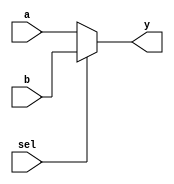
`timescale 1ns / 1ps
//////////////////////////////////////////////////////////////////////////////////
// Company: 
// Engineer: 
// 
// Design Name: 
// Module Name: mux2
// Project Name: 
// Target Devices: 
// Tool Versions: 
// Description: 
// 
// Dependencies: 
// 
// Revision:
// Revision 0.01 - File Created
// Additional Comments:
// 
//////////////////////////////////////////////////////////////////////////////////


module mux2 #(parameter mux_width= 32)
(   input [mux_width-1:0] a,b,
    input sel,
    output [mux_width-1:0] y
    );
    
    assign y = sel ? b : a;
endmodule